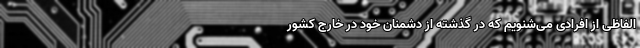
الفاظی از افرادی می‌شنویم که در گذشته از دشمنان خود در خارج کشور